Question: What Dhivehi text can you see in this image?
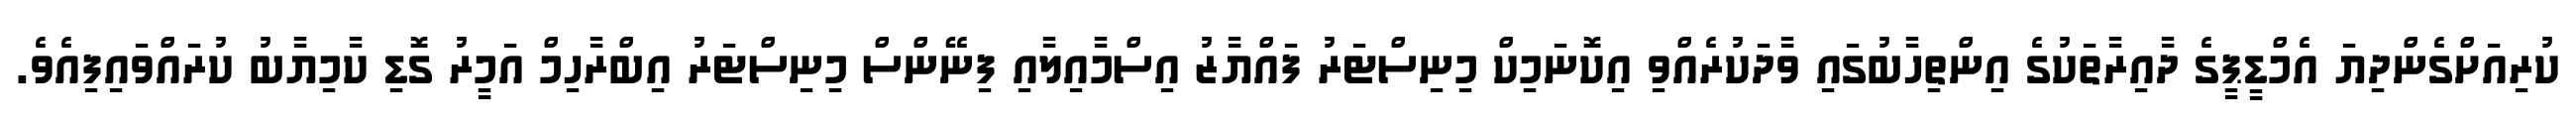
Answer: ކުރިއަށްގެންދިޔަ އެމްޑީޕީގެ ދާއިރާތަކުގެ އިންތިހާބުގައި ވާދަކުރެއްވި އިކޮނަމިކް މިނިސްޓަރު ފައްޔާޒު އިސްމާއިލާއި ފިނޭންސް މިނިސްޓަރު އިބްރާހިމް އަމީރު ގޮޑި ކާމިޔާބު ކުރައްވައިފިއެވެ.